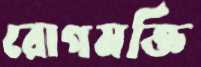
রোগমক্তি